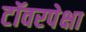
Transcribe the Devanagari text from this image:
टॉवरपेक्षा